Medical and sanitary report on the native army of Bombay for the year
Year: 1879
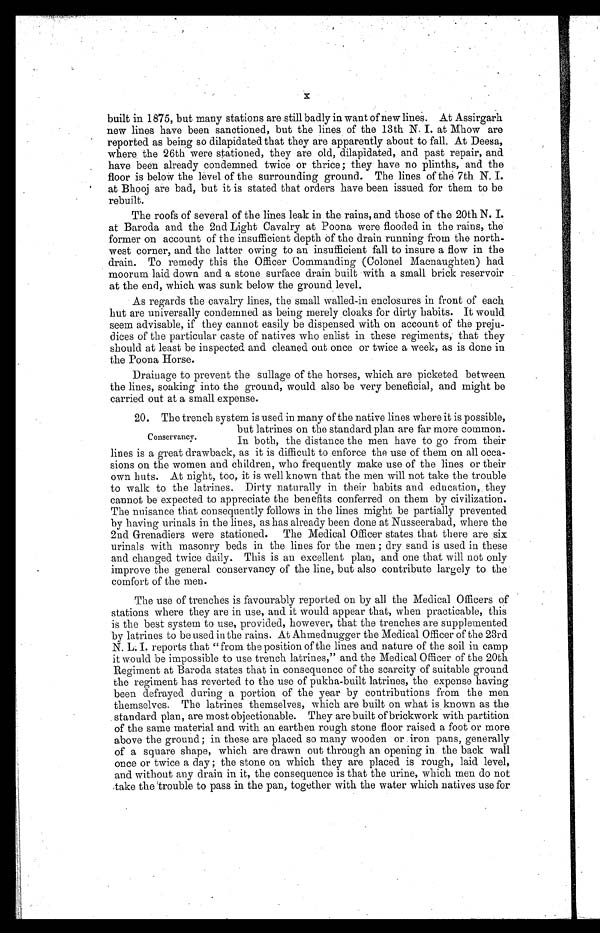
x
built in 1875, but many stations are still badly in want of new lines. At Assirgarh
new lines have been sanctioned, but the lines of the 13th N. I. at Mhow are
reported as being so dilapidated that they are apparently about to fall. At Deesa,
where the 26th were stationed, they are old, dilapidated, and past repair, and
have been already condemned twice or thrice; they have no plinths, and the
floor is below the level of the surrounding ground. The lines of the 7th N. I.
at Bhooj are bad, but it is stated that orders have been issued for them to be
rebuilt.
The roofs of several of the lines leak in the rains, and those of the 20th N. I.
at Baroda and the 2nd Light Cavalry at Poona were flooded in the rains, the
former on account of the insufficient depth of the drain running from the north-
west corner, and the latter owing to an insufficient fall to insure a flow in the
drain. To remedy this the Officer Commanding (Colonel Macnaughten) had
moorum laid down and a stone surface drain built with a small brick reservoir
at the end, which was sunk below the ground level.
As regards the cavalry lines, the small walled-in enclosures in front of each
hut are universally condemned as being merely cloaks for dirty habits. It would
seem advisable, if they cannot easily be dispensed with on account of the preju-
dices of the particular caste of natives who enlist in these regiments, that they
should at least be inspected and cleaned out once or twice a week, as is done in
the Poona Horse.
Drainage to prevent the sullage of the horses, which are picketed between
the lines, soaking into the ground, would also be very beneficial, and might be
carried out at a small expense.
20. The trench system is used in many of the native lines where it is possible,
but latrines on the standard plan are far more common.
In both, the distance the men have to go from their
lines is a great drawback, as it is difficult to enforce the use of them on all occa-
sions on the women and children, who frequently make use of the lines or their
own huts. At night, too, it is well known that the men will not take the trouble
to walk to the latrines. Dirty naturally in their habits and education, they
cannot be expected to appreciate the benefits conferred on them by civilization.
The nuisance that consequently follows in the lines might be partially prevented
by having urinals in the lines, as has already been done at Nusseerabad, where the
2nd Grenadiers were stationed. The Medical Officer states that there are six
urinals with masonry beds in the lines for the men; dry sand is used in these
and changed twice daily. This is an excellent plan, and one that will not only
improve the general conservancy of the line, but also contribute largely to the
comfort of the men.
The use of trenches is favourably reported on by all the Medical Officers of
stations where they are in use, and it would appear that, when practicable, this
is the best system to use, provided, however, that the trenches are supplemented
by latrines to be used in the rains. At Ahmednugger the Medical Officer of the 23rd
N. L. I. reports that "from the position of the lines and nature of the soil in camp
it would be impossible to use trench latrines," and the Medical Officer of the 20th
Regiment at Baroda states that in consequence of the scarcity of suitable ground
the regiment has reverted to the use of pukha-built latrines, the expense having
been defrayed during a portion of the year by contributions from the men
themselves. The latrines themselves, which are built on what is known as the
standard plan, are most objectionable. They are built of brickwork with partition
of the same material and with an earthen rough stone floor raised a foot or more
above the ground; in these are placed so many wooden or iron pans, generally
of a square shape, which are drawn out through an opening in the back wall
once or twice a day; the stone on which they are placed is rough, laid level,
and without any drain in it, the consequence is that the urine, which men do not
take the trouble to pass in the pan, together with the water which natives use for
Conservancy.